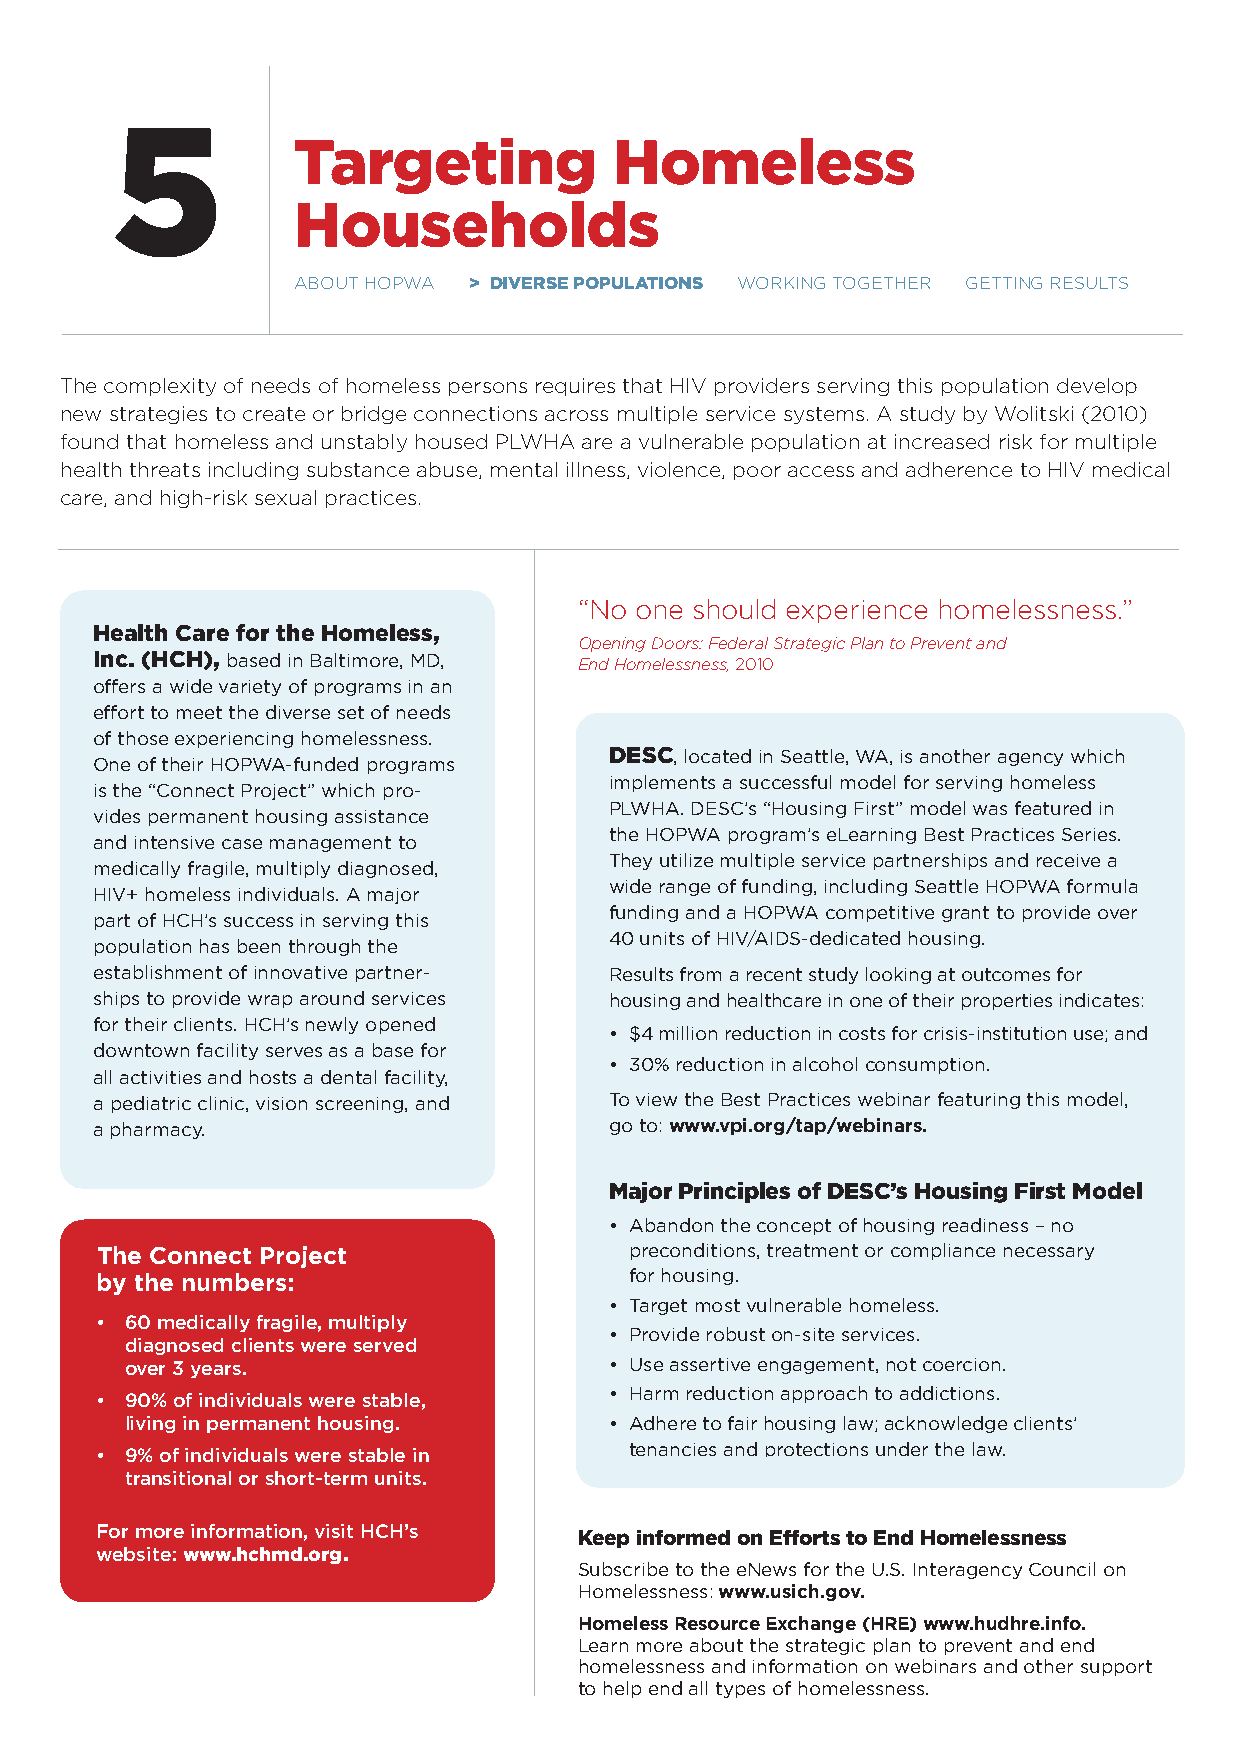
5
 targeting             Homeless
 Households
 aBout Hopwa > DIVERSE POPulAtIONS workIng togetHer gettIng results
 the complexity of needs of homeless persons requires that HIV providers serving this population develop
 new strategies to create or bridge connections across multiple service systems. a study by wolitski (2010)
 found that homeless and unstably housed plwHa are a vulnerable population at increased risk for multiple
 health threats including substance abuse, mental illness, violence, poor access and adherence to HIV medical
 care, and high-risk sexual practices.
 “no one should experience homelessness.”
 Health Care for the Homeless,
 Opening Doors: Federal Strategic Plan to Prevent and
 Inc. (HCH), based in Baltimore, MD, End Homelessness, 2010
 offers a wide variety of programs in an
 effort to meet the diverse set of needs
 of those experiencing homelessness.
 DESC, located in Seattle, WA, is another agency which
 One of their HOPWA-funded programs
 implements a successful model for serving homeless
 is the “Connect Project” which pro-
 PLWHA. DESC’s “Housing First” model was featured in
 vides permanent housing assistance
 the HOPWA program’s eLearning Best Practices Series.
 and intensive case management to
 They utilize multiple service partnerships and receive a
 medically fragile, multiply diagnosed,
 wide range of funding, including Seattle HOPWA formula
 HIV+ homeless individuals. A major
 funding and a HOPWA competitive grant to provide over
 part of HCH’s success in serving this
 40 units of HIV/AIDS-dedicated housing.
 population has been through the
 establishment of innovative partner- Results from a recent study looking at outcomes for
 ships to provide wrap around services housing and healthcare in one of their properties indicates:
 for their clients. HCH’s newly opened
 • $4 million reduction in costs for crisis-institution use; and
 downtown facility serves as a base for
 • 30% reduction in alcohol consumption.
 all activities and hosts a dental facility,
 a pediatric clinic, vision screening, and To view the Best Practices webinar featuring this model,
 a pharmacy.                       go to: www.vpi.org/tap/webinars.
 Major Principles of DESC’s Housing First Model
 • Abandon the concept of housing readiness – no
 The Connect Project                 preconditions, treatment or compliance necessary
 by the numbers:                     for housing.
 • Target most vulnerable homeless.
 • 60 medically fragile, multiply
 • Provide robust on-site services.
 diagnosed clients were served
 over 3 years.                   • Use assertive engagement, not coercion.
 • Harm reduction approach to addictions.
 • 90% of individuals were stable,
 living in permanent housing.    • Adhere to fair housing law; acknowledge clients’
 tenancies and protections under the law.
 • 9% of individuals were stable in
 transitional or short-term units.
 For more information, visit HCH’s Keep informed on Efforts to End Homelessness
 website: www.hchmd.org.
 Subscribe to the eNews for the U.S. Interagency Council on
 Homelessness: www.usich.gov.
 Homeless Resource Exchange (HRE) www.hudhre.info.
 Learn more about the strategic plan to prevent and end
 homelessness and information on webinars and other support
 to help end all types of homelessness.